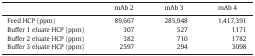
|  | mAb 2 | mAb 3 | mAb 4 |
 | --- | --- | --- | --- |
 | Feed HCP (ppm) | 89,667 | 285,948 | 1,417,391 |
 | Buffer 1 eluate HCP (ppm) | 307 | 527 | 1171 |
 | Buffer 2 eluate HCP (ppm) | 382 | 710 | 1782 |
 | Buffer 3 eluate HCP (ppm) | 2597 | 294 | 3098 |